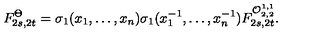
F _ { 2 s , 2 t } ^ { \Theta } = \sigma _ { 1 } ( x _ { 1 } , \ldots , x _ { n } ) \sigma _ { 1 } ( x _ { 1 } ^ { - 1 } , \ldots , x _ { n } ^ { - 1 } ) F _ { 2 s , 2 t } ^ { { \cal O } _ { 2 , 2 } ^ { 1 , 1 } } .